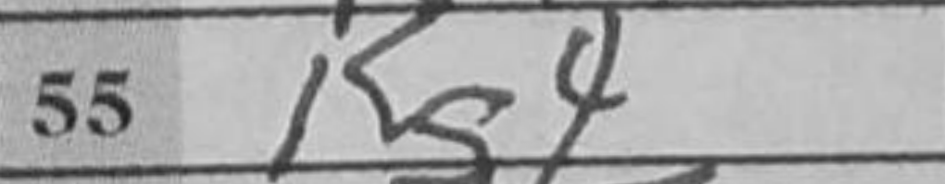
Transcription: Kg4